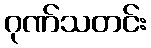
ဂုဏ်သတင်း